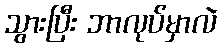
သွားပြီး ဘာလုပ်မှာလဲ